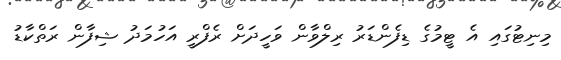
މިނިޓުގައި އެ ޓީމުގެ ޑިފެންޑަރު ރިލްވާން ވަހީދަށް ރެފްރީ އަހުމަދު ޝިފާން ރަތްކާޑު